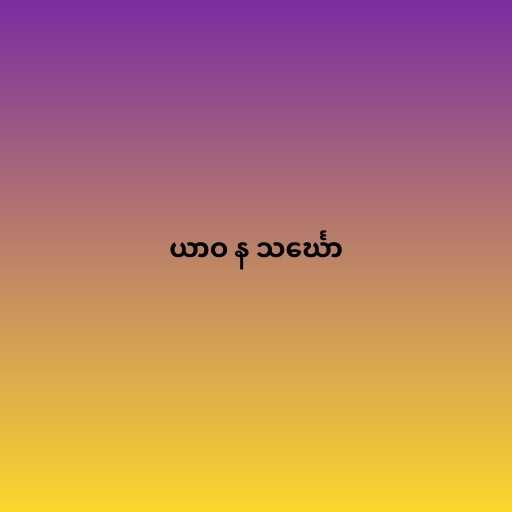
ယာဝ န သင်္ဃော